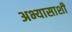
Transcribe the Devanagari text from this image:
अभ्यासाशी